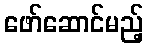
ဖော်ဆောင်မည့်